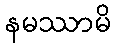
နမဿာမိ